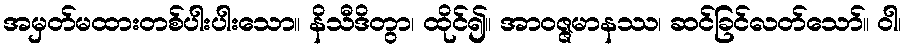
အမှတ်မထားတစ်ပါးပါးသော။ နိသီဒိတွာ၊ ထိုင်၍။ အာဝဇ္ဇမာနဿ၊ ဆင်ခြင်လတ်သော်။ ဝါ၊